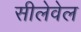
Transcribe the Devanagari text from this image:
सीलेवेल